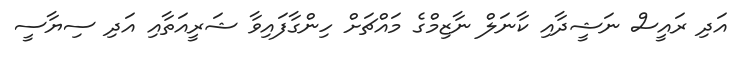
އަދި ރައީސް ނަޝީދާއި ކާނަލް ނާޒިމްގެ މައްޗަށް ހިންގާފައިވާ ޝަރީއަތާއި އަދި ސިޔާސީ